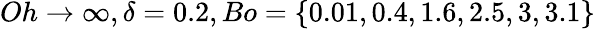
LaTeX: Oh\rightarrow\infty,\delta=0.2,Bo=\{ 0.01,0.4,1.6,2.5,3,3.1\}